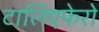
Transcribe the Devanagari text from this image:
टालिएफेरो